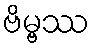
ဗိမ္ဗဿ